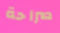
صراحة